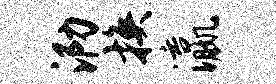
泐换瀛